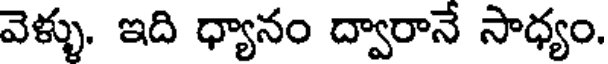
వెళ్ళు. ఇది ధ్యానం ద్వారానే సాధ్యం.